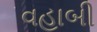
વહાબી